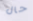
حال